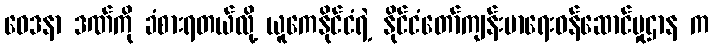
ဝေဒနာ ဒဏ်ကို ခံစားရတယ်လို့ ယူကေနိုင်ငံရဲ့ နိုင်ငံတော်ကျန်းမာရေးဝန်ဆောင်မှုဌာန က